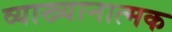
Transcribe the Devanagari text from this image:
व्याख्यानात्मक